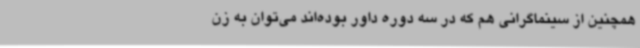
همچنین از سینماگرانی هم که در سه دوره داور بوده‌اند می‌توان به زن